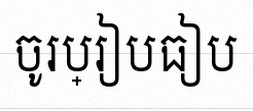
ចូរប្រៀបធៀប